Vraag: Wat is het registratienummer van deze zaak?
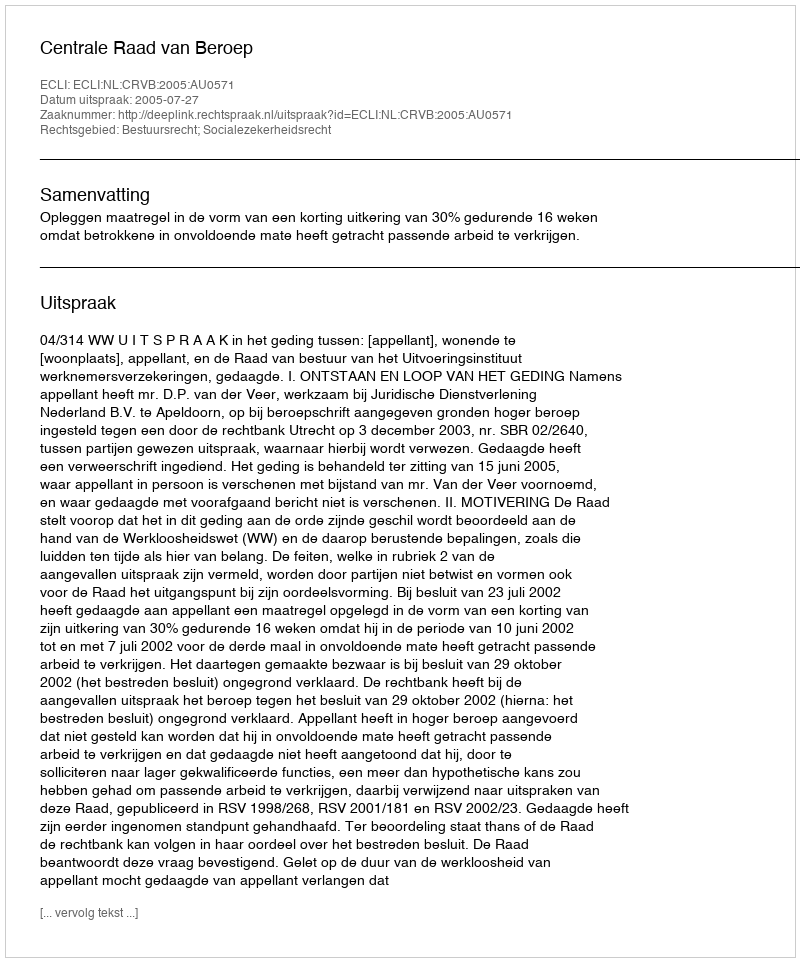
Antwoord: http://deeplink.rechtspraak.nl/uitspraak?id=ECLI:NL:CRVB:2005:AU0571